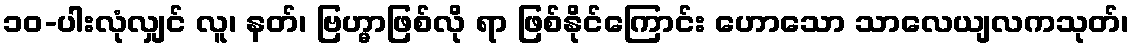
၁၀-ပါးလုံလျှင် လူ၊ နတ်၊ ဗြဟ္မာဖြစ်လို ရာ ဖြစ်နိုင်ကြောင်း ဟောသော သာလေယျလကသုတ်၊